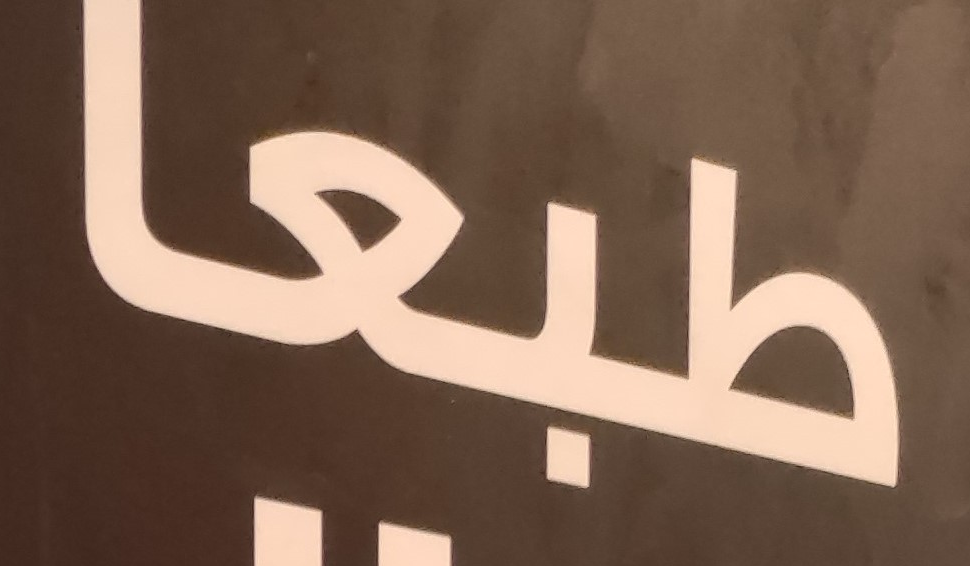
طبعا